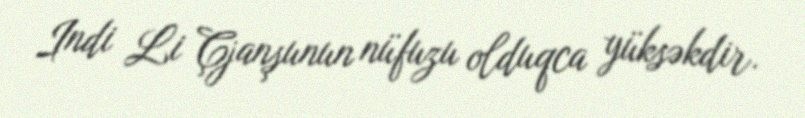
Indi Li Çjanşunun nüfuzu olduqca yüksəkdir.